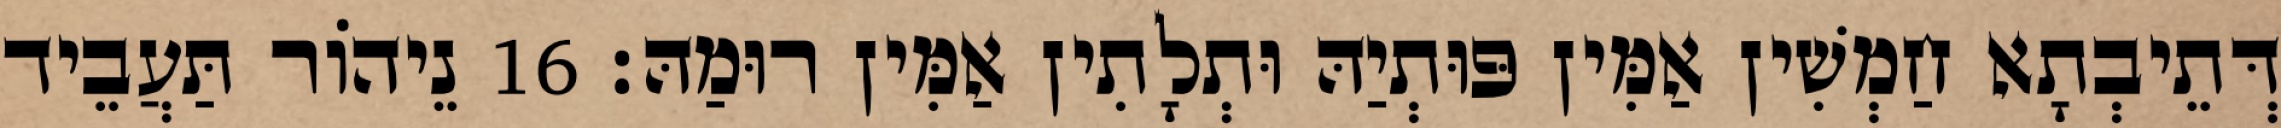
דְּתֵיבְתָא חַמְשִׁין אַמִּין פּוּתְיַהּ וּתְלָתִין אַמִּין רוּמַהּ׃ 16 נֵיהוֹר תַּעֲבֵיד